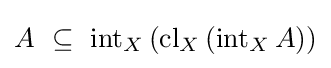
A~\subseteq ~\operatorname {int} _{X}\left(\operatorname {cl} _{X}\left(\operatorname {int} _{X}A\right)\right)